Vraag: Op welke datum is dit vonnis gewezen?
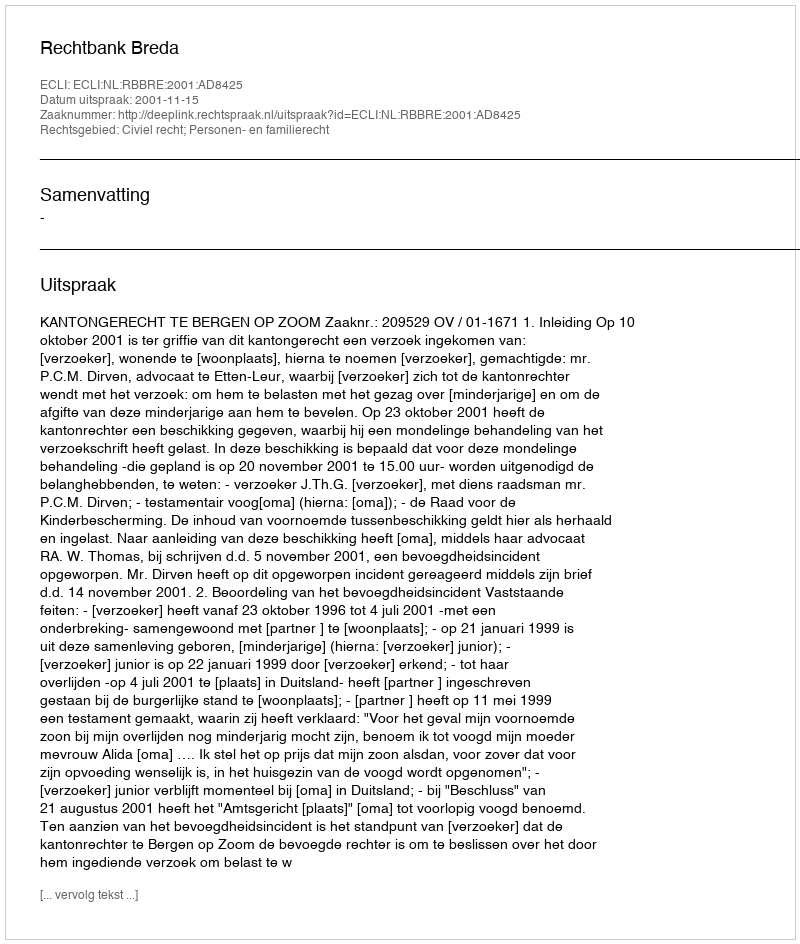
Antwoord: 2001-11-15